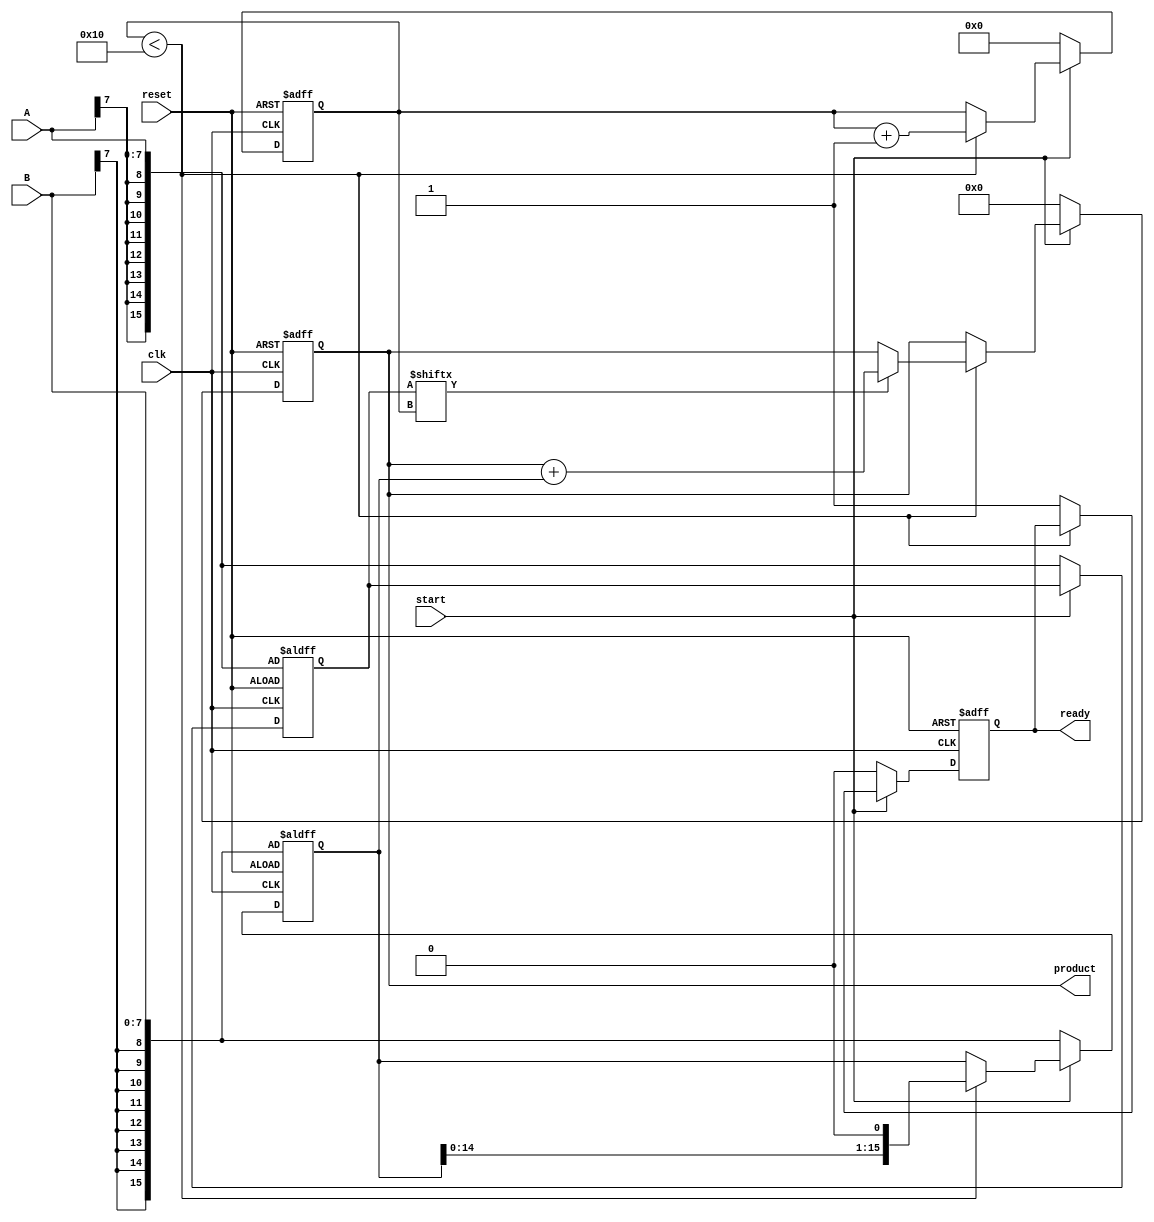
module foy7(clk, reset, start, A, B, ready, product );
    
    input clk, reset, start;
    input [7:0] A, B;
    output [15:0] product;
    output ready;

    reg [15:0] product;
    reg [15:0] multiplier;
    reg [15:0] multiplicand;
    reg ready;
    reg [4:0] ctr;

    always @(posedge clk or posedge reset) begin
        if (reset) begin
            ready        <= 0;
            product      <= 0;
            ctr          <= 0;
            multiplier   <= {{8{A[7]}}, A};
            multiplicand <= {{8{B[7]}}, B};
        end 
        else begin 
            if(start) begin
                if(ctr < 16) begin
                    multiplicand <= multiplicand << 1;
                    if (multiplier[ctr] == 1) begin
                        product <= product + multiplicand;
                    end
                    ctr <= ctr + 1;
                end
                else begin
                ready <= 1;
                end
            end
            else begin
                ready        <= 0;
                product      <= 0;
                ctr          <= 0;
                multiplier   <= {{8{A[7]}}, A};
                multiplicand <= {{8{B[7]}}, B};
            end
            
        end
    end
    
endmodule

/*
`timescale 1ns/1ns
`define width 8
`define TESTFILE "test_in.dat"

module seq_mult_tb () ;
    reg signed [`width-1:0] a, b;
    reg             clk, reset;

    wire signed [2*`width-1:0] p;
    wire           rdy;

    integer total, err;
    integer i, s, fp, numtests;

    // Golden reference - can be automatically generated in this case
    // otherwise store and read from a file
    wire signed [2*`width-1:0] ans = a*b;

    // Device under test - always use named mapping of signals to ports
    seq_mult dut( .clk(clk),
        .reset(reset),
        .a(a),
        .b(b),
        .p(p),
        .rdy(rdy));

    // Set up 10ns clock
    always #5 clk = !clk;

    // A task to automatically run till the rdy signal comes back from DUT
    task apply_and_check;
        input [`width-1:0] ain;
        input [`width-1:0] bin;
        begin
            // Set the inputs
            a = ain;
            b = bin;
            // Reset the DUT for one clock cycle
            reset = 1;
            @(posedge clk);
            // Remove reset 
            #1 reset = 0;

            // Loop until the DUT indicates 'rdy'
            while (rdy == 0) begin
                @(posedge clk); // Wait for one clock cycle
            end
            if (p == ans) begin
                $display($time, " Passed %d * %d = %d", a, b, p);
            end else begin
                $display($time, " Fail %d * %d: %d instead of %d", a, b, p, ans);
                err = err + 1;
            end
            total = total + 1;
        end
    endtask // apply_and_check

    initial begin
        // Initialize the clock 
        clk = 1;
        // Counters to track progress
        total = 0;
        err = 0;

        // Get all inputs from file: 1st line has number of inputs
        fp = $fopen(`TESTFILE, "r");
        s = $fscanf(fp, "%d\n", numtests);
        // Sequences of values pumped through DUT 
        for (i=0; i<numtests; i=i+1) begin
            s = $fscanf(fp, "%d %d\n", a, b);
            apply_and_check(a, b);
        end
        if (err > 0) begin
            $display("FAIL %d out of %d", err, total);
        end else begin
            $display("PASS %d tests", total);
        end
        $finish;
    end

endmodule // seq_mult_tb

*/